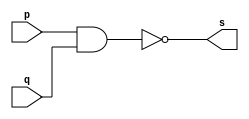
// -- PUC Minas - Instituto de Ciencias Exatas e Informatica
// -- Ciencia da Computacao - Professor Theldo Cruz
// Nome: ANA CRISTINA PEREIRA TEIXEIRA

// 01 - Construir a tabela-verdade para a porta NAND com 2 entradas
// Obs -  Usar operador ( ~(a&b) ) na definicao do modulo
// Usar $display ( )
 
// Exercicio0001 - nand

// --------------------- 
// -- nand gate 
// --------------------- 
module nandgate (output s, input p, input q);
	assign s = (~(p&q)); // vinculo permanente
endmodule // nand

// --------------------- 
// -- test nandgate 
// --------------------- 
module testnandgate; 
	// ------------------------- dados locais
	reg a,b; // definir registrador
	wire s; // definir conexao (fio)
	
	// ------------------------- instancia
	nandgate NAND1 (s, a, b);
	
	// ------------------------- preparacao
	initial begin:start
		a=0;
		b=0;
	end
	
	// ------------------------- parte principal
	initial begin:main
		$display("Exercicio 0001 - ANA CRISTINA - 427385");
		$display("Test NAND gate");
		$display("\n~(a & b) = s\n");
		
		#1 a = 0; b = 0;
		#1 $display("~(%b & %b) = %b", a, b, s);
		#1 a = 0; b = 1;
		#1 $display("~(%b & %b) = %b", a, b, s);
		#1 a = 1; b = 0;
		#1 $display("~(%b & %b) = %b", a, b, s);
		#1 a = 1; b = 1;
		#1 $display("~(%b & %b) = %b", a, b, s);
	end
endmodule // testnandgate

// -- Testes
// Exercicio 0001 - ANA CRISTINA - 427385
// Test NAND gate
// ~(a & b) = s
// ~(0 & 0) = 1
// ~(0 & 1) = 1
// ~(1 & 0) = 1
// ~(1 & 1) = 0